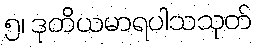
၅၊ ဒုတိယမာရပါသသုတ်